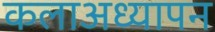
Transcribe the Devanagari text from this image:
कलाअध्यापन